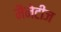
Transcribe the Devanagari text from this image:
मैनेटीज